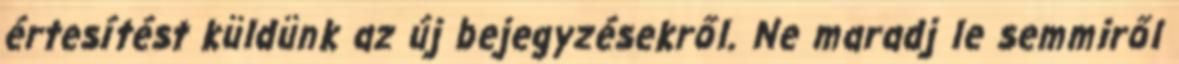
értesítést küldünk az új bejegyzésekről. Ne maradj le semmiről